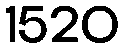
1520